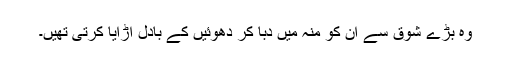
وہ بڑے شوق سے ان کو منہ میں دبا کر دھوئیں کے بادل اڑایا کرتی تھیں۔